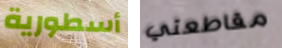
أسطورية مقاطعتي